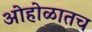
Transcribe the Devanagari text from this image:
ओहोळातच